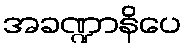
အခဏ္ဍာနိပေ